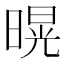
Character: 𭧌